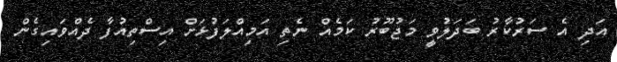
އަދި އެ ސަރުކާރު ބަދަލުވީ މަޖުބޫރު ކަމެއް ނެތި އަމިއްލަފުޅަށް އިސްތިއުފާ ދެއްވައިގެން